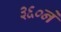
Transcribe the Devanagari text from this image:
३६०ने